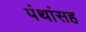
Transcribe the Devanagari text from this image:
पंथांसह